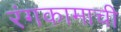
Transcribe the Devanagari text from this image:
रंगकामाची